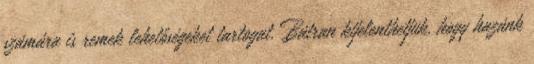
számára is remek lehetőségeket tartogat. Bátran kijelenthetjük, hogy hazánk